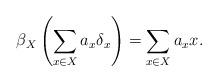
LaTeX: \begin{align*}\beta_X\left(\sum_{x \in X}{a_{x} \delta_{x}}\right) = \sum_{x \in X}{a_{x} x}.\end{align*}